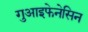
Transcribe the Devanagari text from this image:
गुआइफेनेसिन